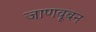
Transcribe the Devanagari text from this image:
जाणवूबन